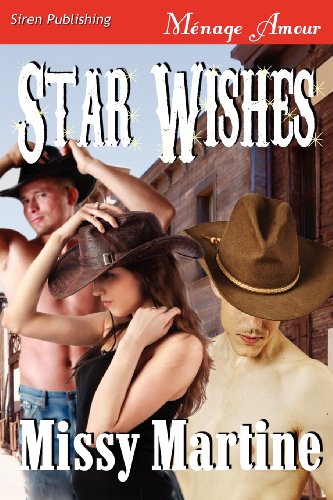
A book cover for Star Wishes (Siren Publishing Menage Amour); Missy Martine; Romance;